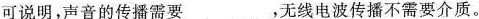
可说明，声音的传播需要 ___ ，无线电波传播不需要介质。